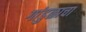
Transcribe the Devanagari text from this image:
गांडुळाचा